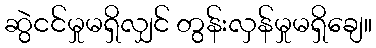
ဆွဲငင်မှုမရှိလျှင် တွန်းလှန်မှုမရှိချေ။